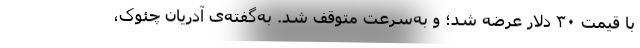
با قیمت ۳۰ دلار عرضه شد؛ و به‌سرعت متوقف شد. به‌گفته‌ی آدریان چئوک،